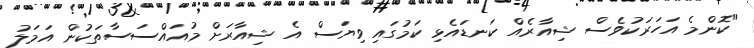
"ކޮންމެ އަހަރަކުވެސް ޝިއާރެއް ކަނޑައެޅި ކަމުގައި ވިިޔަސް އެ ޝިއާރަށް މުއައްސަސާތަކުން އަމަލު